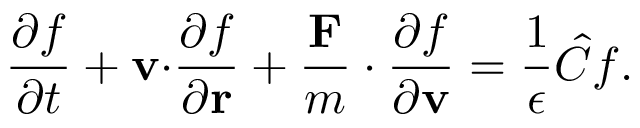
{ \frac { \partial f } { \partial t } } + \mathbf { v \cdot } { \frac { \partial f } { \partial \mathbf { r } } } + { \frac { \mathbf { F } } { m } } \cdot { \frac { \partial f } { \partial \mathbf { v } } } = { \frac { 1 } { \epsilon } } { \hat { C } } f .